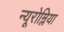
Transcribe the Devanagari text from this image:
न्यूरोम्लिया